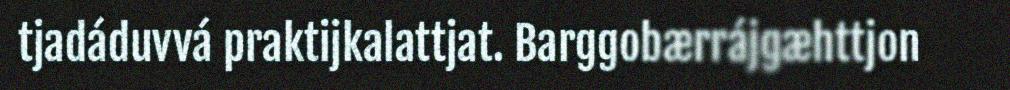
tjadáduvvá praktijkalattjat. Barggobærrájgæhttjon